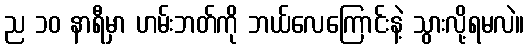
ည ၁၀ နာရီမှာ ဟမ်းဘတ်ကို ဘယ်လေကြောင်းနဲ့ သွားလို့ရမလဲ။